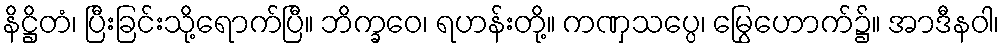
နိဋ္ဌိတံ၊ ပြီးခြင်းသို့ရောက်ပြီ။ ဘိက္ခဝေ၊ ရဟန်းတို့။ ကဏှသပ္ပေ၊ မြွေဟောက်၌။ အာဒီနဝါ၊